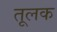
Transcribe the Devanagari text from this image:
तूलक